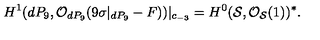
H ^ { 1 } ( d P _ { 9 } , { \cal O } _ { d P _ { 9 } } ( 9 \sigma | _ { d P _ { 9 } } - F ) ) | _ { c _ { - 3 } } = H ^ { 0 } ( { \cal S } , { \cal O } _ { { \cal S } } ( 1 ) ) ^ { * } .